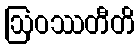
ဩဝဿတီတိ